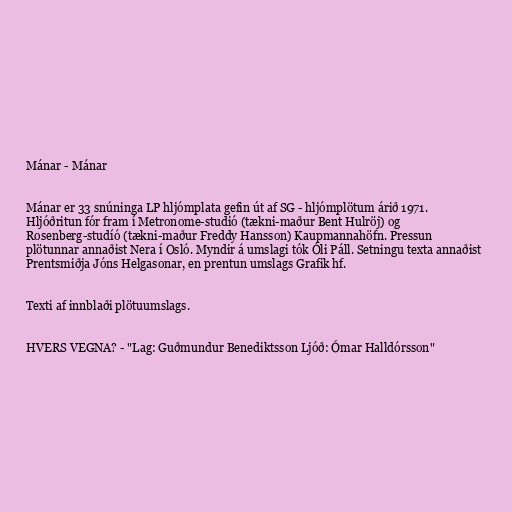
Mánar - Mánar

Mánar er 33 snúninga LP hljómplata gefin út af SG - hljómplötum árið 1971.
Hljóðritun fór fram í Metronome-studió (tækni-maður Bent Hulröj) og
Rosenberg-studíó (tækni-maður Freddy Hansson) Kaupmannahöfn. Pressun
plötunnar annaðist Nera í Osló. Myndir á umslagi tók Óli Páll. Setningu texta annaðist
Prentsmiðja Jóns Helgasonar, en prentun umslags Grafik hf.

Texti af innblaði plötuumslags.

HVERS VEGNA? - "Lag: Guðmundur Benediktsson Ljóð: Ómar Halldórsson"